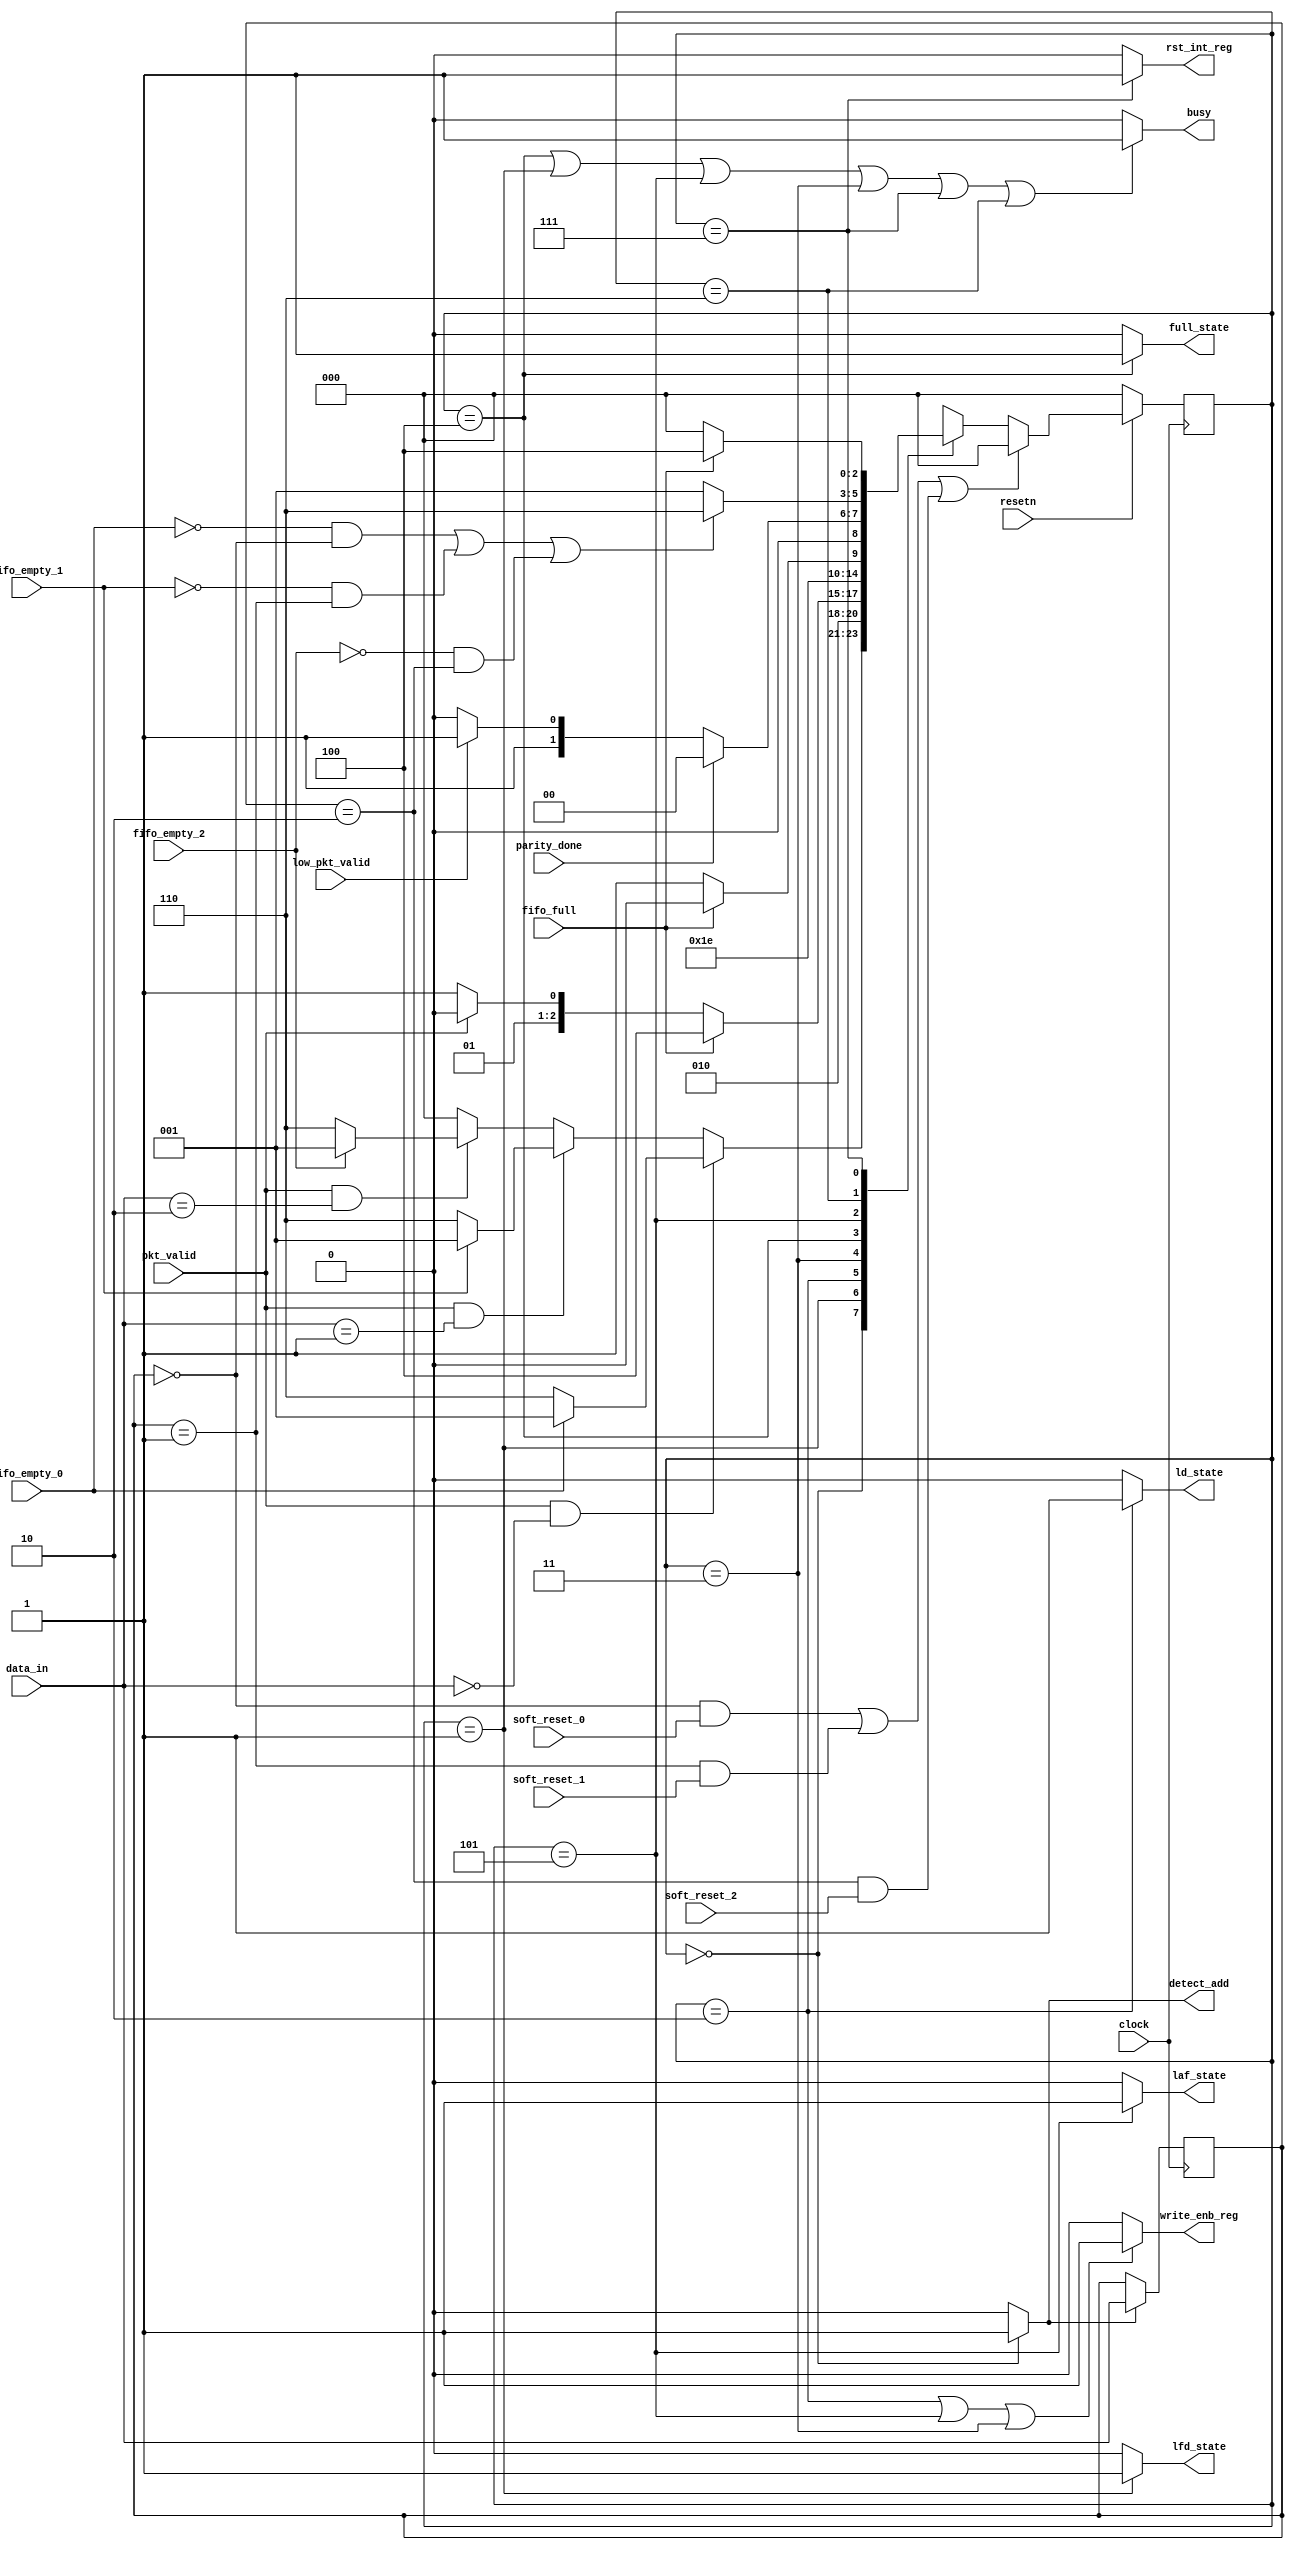
 /*------------- STATE DEFINITIONS ----------------*/

  `define DECODE_ADDRESS      4'd0
  `define LOAD_FIRST_DATA     4'd1
  `define LOAD_DATA           4'd2
  `define LOAD_PARITY         4'd3
  `define FIFO_FULL_STATE     4'd4
  `define LOAD_AFTER_FULL     4'd5
  `define WAIT_TILL_EMPTY     4'd6
  `define CHECK_PARITY_ERROR  4'd7

module router_fsm(input clock,
                  input fifo_empty_0,fifo_empty_1,fifo_empty_2,
                  input fifo_full,
                  input pkt_valid,
                  input [1:0]data_in,
                  input parity_done,
                  input low_pkt_valid,
                  input resetn,
                  input soft_reset_0,soft_reset_1,soft_reset_2,

                  output busy,
                  output detect_add,
                  output write_enb_reg,
                  output ld_state,
                  output laf_state,
                  output lfd_state,
                  output full_state,
                  output rst_int_reg);

 //Internal registers
   reg [2:0] pre_state;
   reg [2:0] next_state;
   reg [1:0] data_in_temp;

   //Address logic
   always@(posedge clock)
      begin
         if(detect_add)
            data_in_temp <= data_in;                                                                                                     
      end

   //Present state logic
   always@(posedge clock)
      begin
         if(~resetn)
            pre_state <= `DECODE_ADDRESS;
         else if(((data_in_temp == 0) & soft_reset_0)|((data_in_temp == 1) & soft_reset_1)|((data_in_temp == 2) & soft_reset_2))
            pre_state <= `DECODE_ADDRESS;
         else
            pre_state <= next_state;
      end

//Next_state logic
   always@(*)
      begin
         next_state=`DECODE_ADDRESS;
            case(pre_state)
               `DECODE_ADDRESS    :
                                      begin
                                         if(pkt_valid == 1 && (data_in[1:0] == 2'b00))
                                            begin
                                               if(fifo_empty_0)
                                                  next_state = `LOAD_FIRST_DATA;
                                               else
                                                  next_state = `WAIT_TILL_EMPTY;
                                            end
                                         else if(pkt_valid == 1 && (data_in[1:0] == 2'b01))
                                            begin
                                               if(fifo_empty_1)
                                                  next_state = `LOAD_FIRST_DATA;
                                               else
                                                  next_state = `WAIT_TILL_EMPTY;
                                            end
                                         else if(pkt_valid == 1 && (data_in[1:0] == 2'b10))
                                            begin
                                               if(fifo_empty_2)
                                                  next_state = `LOAD_FIRST_DATA;
                                               else
                                                  next_state = `WAIT_TILL_EMPTY;
                                            end
                                         else
                                            next_state = `DECODE_ADDRESS;
                                      end
               `LOAD_FIRST_DATA   :
                                      begin
                                         next_state = `LOAD_DATA;
                                      end
               `LOAD_DATA         :
                     begin
                                         if(fifo_full == 1'b1)
                                            next_state = `FIFO_FULL_STATE;
                                         else if(pkt_valid == 1'b0)
                                            next_state = `LOAD_PARITY;
                                         else
                                            next_state = `LOAD_DATA;
                                      end
               `LOAD_PARITY       :
                                      begin
                                         next_state = `CHECK_PARITY_ERROR;
                                      end
               `FIFO_FULL_STATE   :
                                      begin
                                         if(fifo_full == 1'b1)
                                            next_state = `FIFO_FULL_STATE;
                                         else
                                            next_state = `LOAD_AFTER_FULL;
                                      end
               `LOAD_AFTER_FULL   :
                                      begin
                                         if(parity_done==1'b1)
                                            next_state = `DECODE_ADDRESS;
                                         else if (low_pkt_valid==1'b1)
                                            next_state = `LOAD_PARITY;
                                         else
                                            next_state = `LOAD_DATA;
                                      end
               `WAIT_TILL_EMPTY   :
                                      begin
                                         if((~fifo_empty_0 && (data_in_temp == 0)) | (~fifo_empty_1 && (data_in_temp == 1)) | (~fifo_empty_2 && (data_in_temp == 2)))
                                            begin
                                               next_state = `WAIT_TILL_EMPTY;
                                            end
 else
                                            next_state = `LOAD_FIRST_DATA;
                                      end
               `CHECK_PARITY_ERROR:
                                      begin
                                         if(~fifo_full)
                                            next_state = `DECODE_ADDRESS;
                                         else
                                            next_state = `FIFO_FULL_STATE;
                                      end
            endcase
      end                                       //Output logic
   assign detect_add    =    (pre_state==`DECODE_ADDRESS) ? 1'b1 : 1'b0;
   assign ld_state      =    (pre_state==`LOAD_DATA) ? 1'b1 : 1'b0;
   assign lfd_state     =    (pre_state==`LOAD_FIRST_DATA) ? 1'b1 : 1'b0;
   assign rst_int_reg   =    (pre_state==`CHECK_PARITY_ERROR) ? 1'b1 : 1'b0;
   assign laf_state     =    (pre_state==`LOAD_AFTER_FULL) ? 1'b1 : 1'b0;
   assign full_state    =    (pre_state==`FIFO_FULL_STATE)?1'b1:1'b0;
   assign write_enb_reg =    ((pre_state == `LOAD_DATA) ||(pre_state  == `LOAD_AFTER_FULL) ||(pre_state  == `LOAD_PARITY)) ? 1'b1 : 1'b0;
   assign busy          =    ((pre_state == `FIFO_FULL_STATE)  ||(pre_state  == `LOAD_FIRST_DATA) || (pre_state  == `LOAD_AFTER_FULL) ||(pre_state  == `LOAD_PARITY) ||
                             (pre_state  == `CHECK_PARITY_ERROR) ||(pre_state  == `WAIT_TILL_EMPTY)) ?1'b1:1'b0;

endmodule